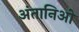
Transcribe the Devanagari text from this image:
अंतानिओ